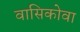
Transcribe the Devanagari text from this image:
वासिकोवा